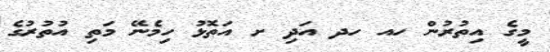
މީގެ އިތުރުން ހއ ހދ އަދި ށ އަތޮޅު ހިމެނޭ މަތި އުތުރުގެ